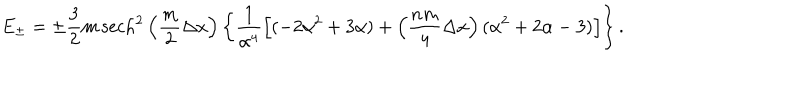
E _ { \pm } = \pm \frac { 3 } { 2 } m \, \mathrm { s e c h } ^ { 2 } \left( \frac { m } { 2 } \Delta x \right) \left\{ \frac { 1 } { \alpha ^ { 4 } } \left[ ( - 2 \alpha ^ { 2 } + 3 \alpha ) + \left( \frac { n m } { 4 } \Delta x \right) ( \alpha ^ { 2 } + 2 \alpha - 3 ) \right] \right\} .